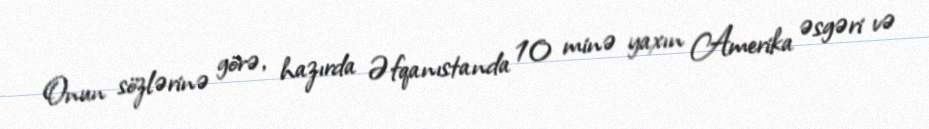
Onun sözlərinə görə, hazırda Əfqanıstanda 10 minə yaxın Amerika əsgəri və